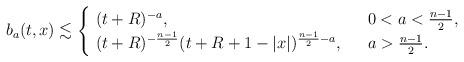
LaTeX: \begin{align*} b_{a}(t,x)\lesssim \begin{cases} \ (t+R)^{-a}, \ &\ 0<a<\frac{n-1}{2},\\\ (t+R)^{-\frac{n-1}{2}}(t+R+1-|x|)^{\frac{n-1}{2}-a}, \ &\ a>\frac{n-1}{2}.\end{cases}\end{align*}